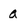
Character: a